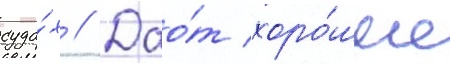
суда́х // Дао́т хоро́шие